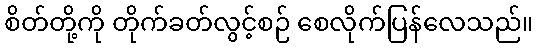
စိတ်တို့ကို တိုက်ခတ်လွင့်စဉ် စေလိုက်ပြန်လေသည်။